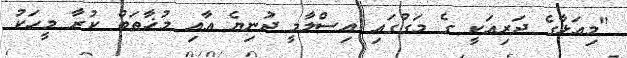
"މިއަޅާގެ ދަރިއަކީ ގެ މަގުގައި އިސްލާމީ ދުނިޔެ އާއި މުޚާޠަބް ކުރާ މީހަކު